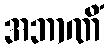
အဘာဏိံ